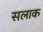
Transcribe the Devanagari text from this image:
सलाक